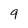
Character: 9